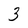
Character: 3